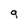
Character: g